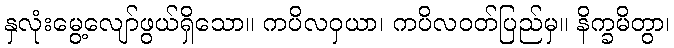
နှလုံးမွေ့လျော်ဖွယ်ရှိသော။ ကပိလဝှယာ၊ ကပိလဝတ်ပြည်မှ။ နိက္ခမိတွာ၊